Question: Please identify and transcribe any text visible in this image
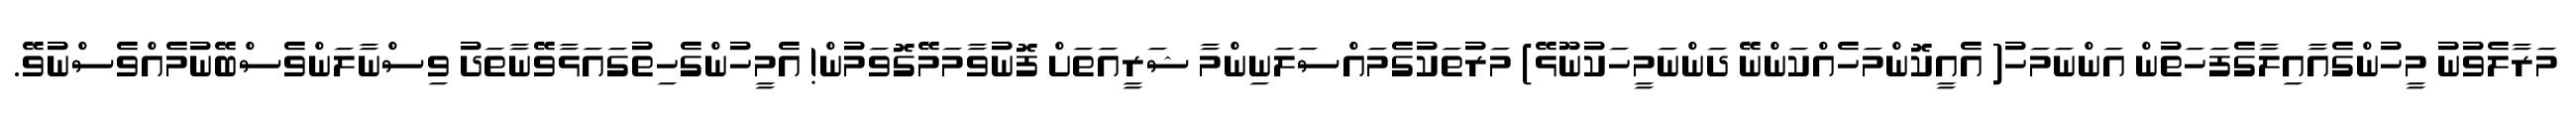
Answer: މަރާލެވުނު މީހުންގެއާއިލާގެފަހަތުން އަންނަމަހު( އެއީކޮންމަހެއްކަންނޭ ދަންނަމީހަކުނޫޅޭ) މަރުތަކުގެމައްސަލަނިންމާ ޝަރީއަތަށް ފޮނުވާމަމޭގޮވަމުން! އެމީހުންގެހިތުގައަޅާވޭނާތަދު ވިސްނާލަންވެސްބޭނުމެއްވެސްނުވޭ.